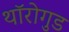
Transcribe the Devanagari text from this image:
थॉरोगुड